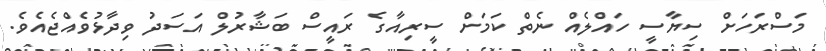
މަސްރަހަށް ސިޔާސީ ހައްލެއް ނެތް ކަމަށް ސީރިއާގެ ރައީސް ބަޝާރުލް އަސަދު ވިދާޅުވެއްޖެއެވެ.